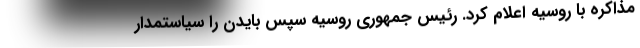
مذاکره با روسیه اعلام کرد. رئیس جمهوری روسیه سپس بایدن را سیاستمدار